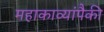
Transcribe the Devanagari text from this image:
महाकाव्यांपैकी